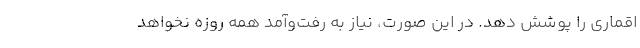
اقماری را پوشش دهد. در این صورت، نیاز به رفت‌وآمد همه روزه نخواهد